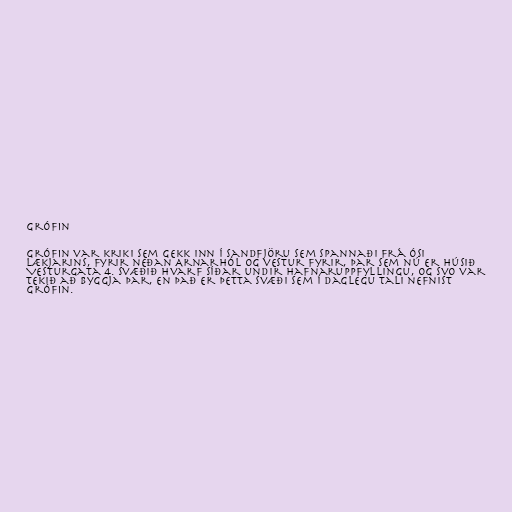
Grófin

Grófin var kriki sem gekk inn í sandfjöru sem spannaði frá ósi
Lækjarins, fyrir neðan Arnarhól og vestur fyrir, þar sem nú er húsið
Vesturgata 4. Svæðið hvarf síðar undir hafnaruppfyllingu, og svo var
tekið að byggja þar, en það er þetta svæði sem í daglegu tali nefnist
Grófin.